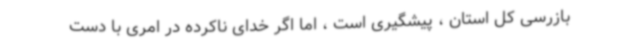
بازرسی کل استان ، پیشگیری است ، اما اگر خدای ناکرده در امری با دست